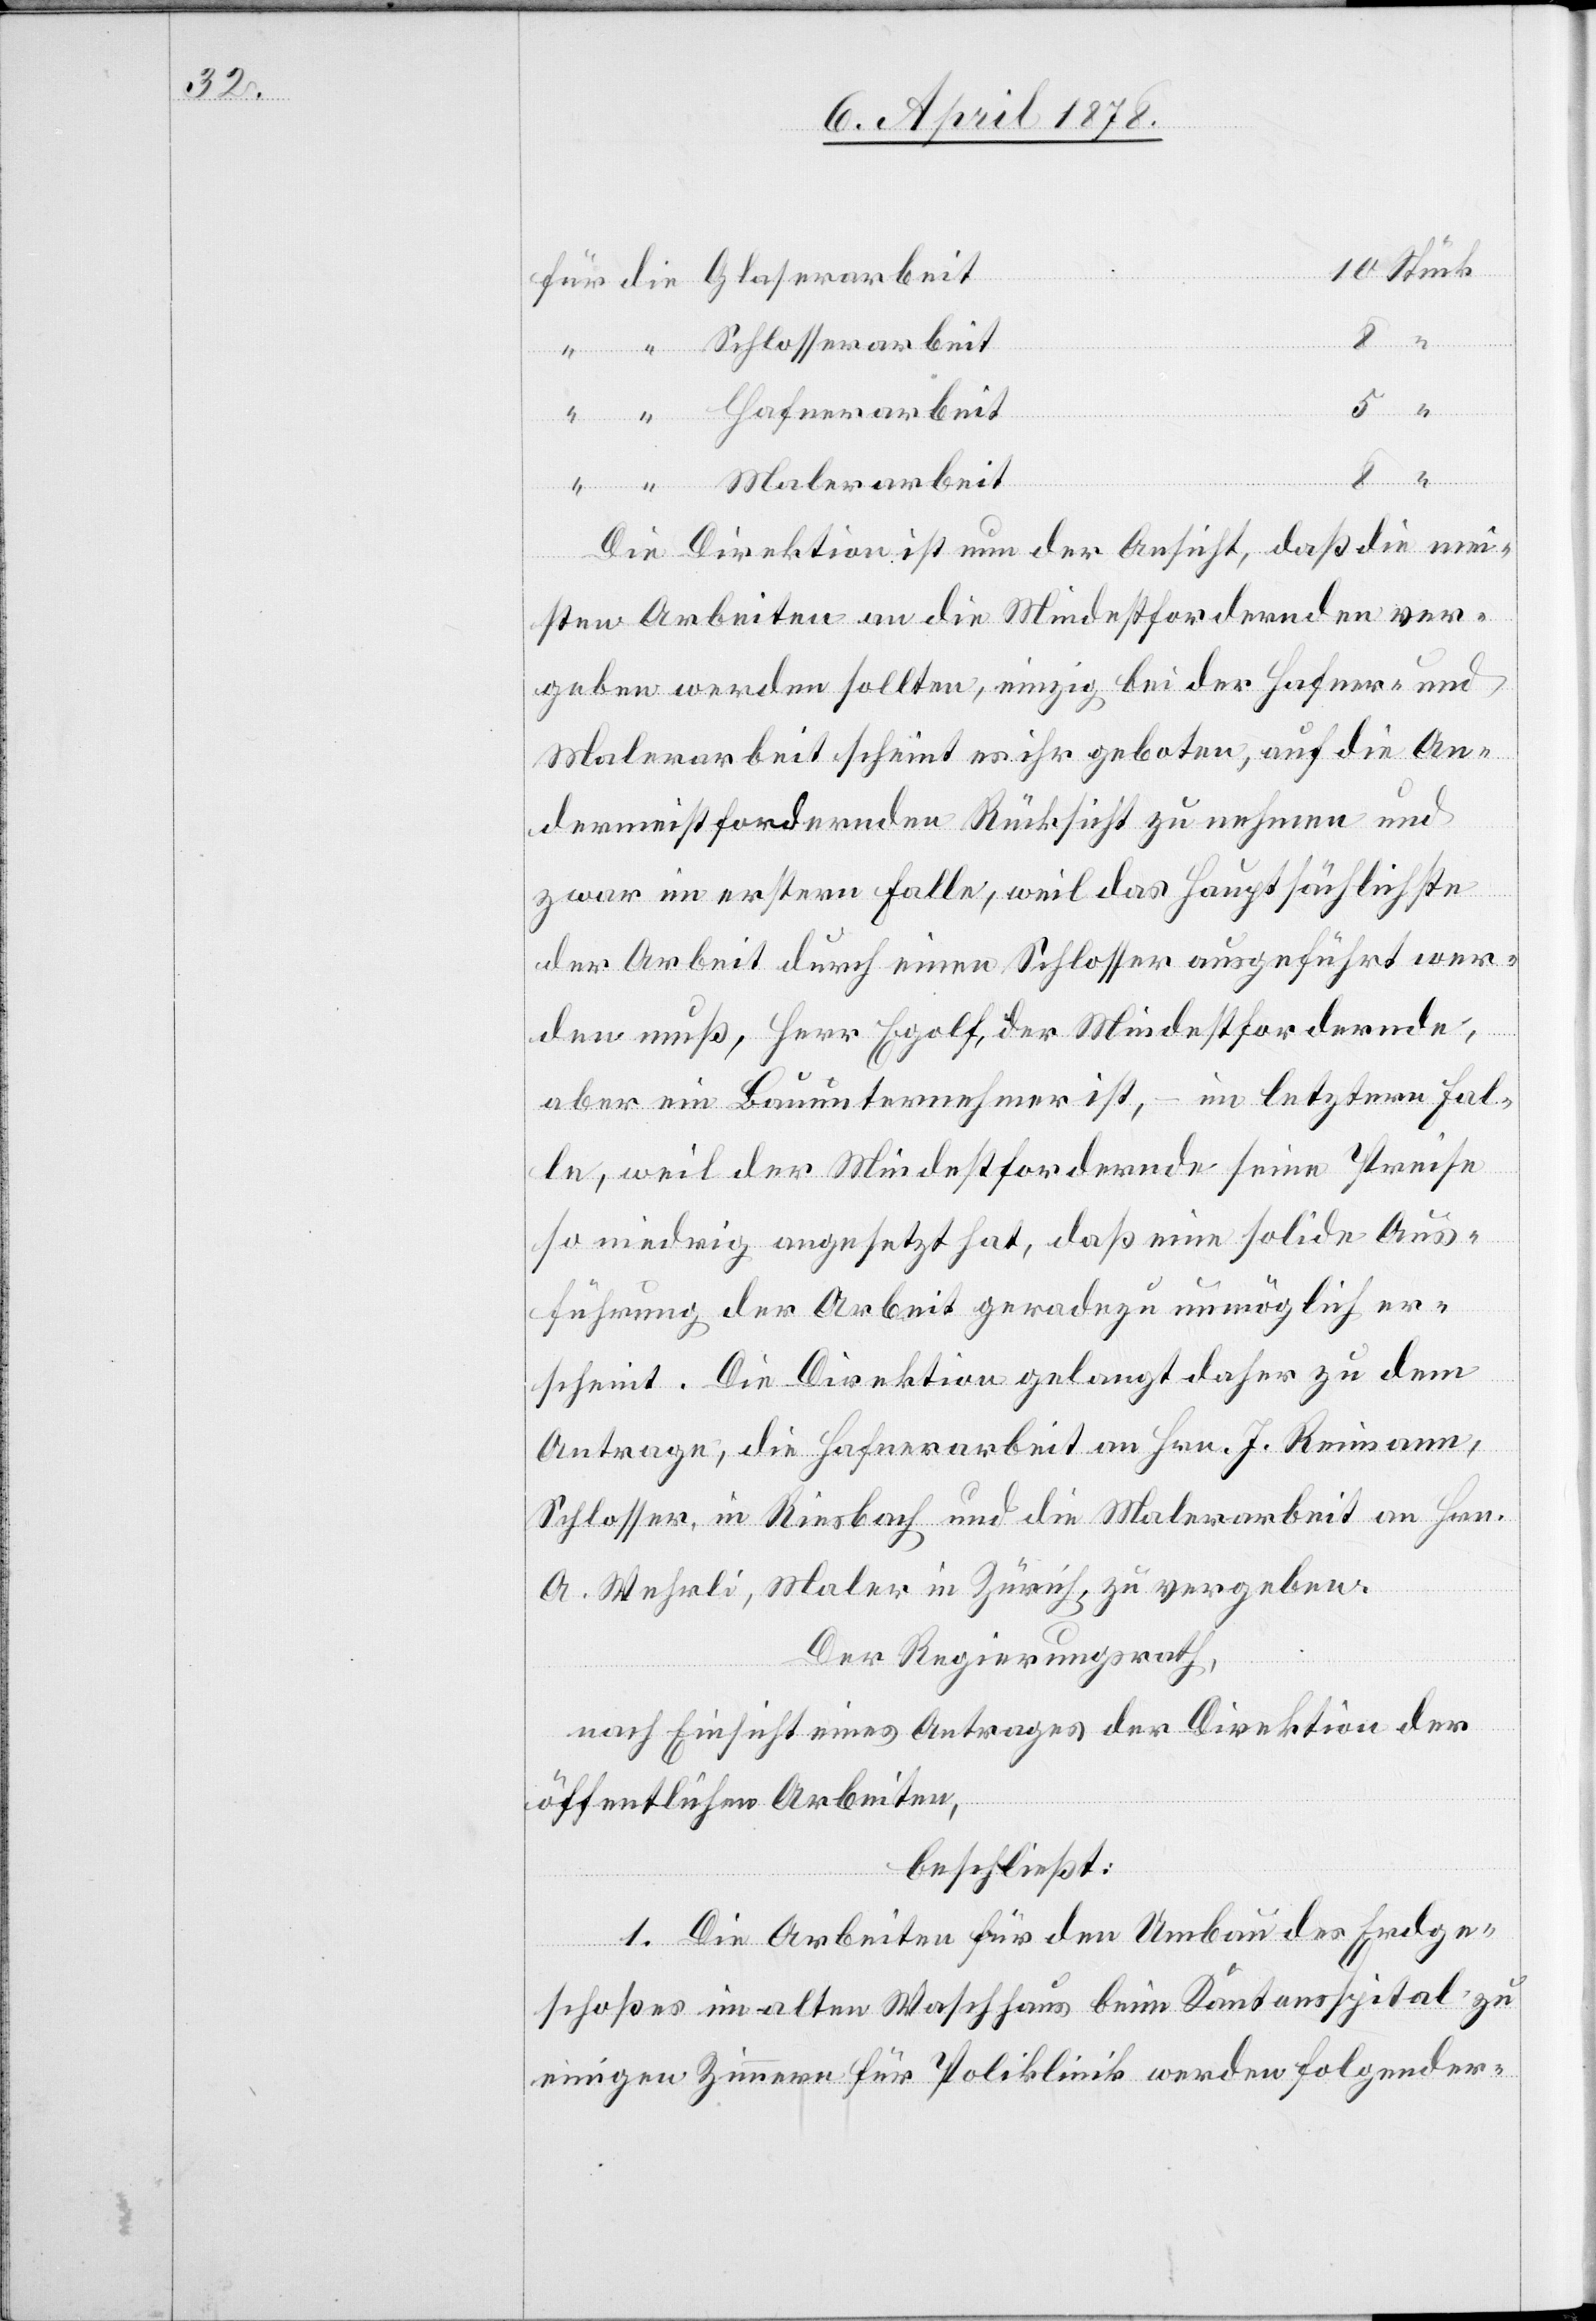
5

arbeit
Die Direktion ist nun der Ansicht, daß die mei¬
sten Arbeiten an die Mindestfordernden ver¬
geben werden sollten, einzig bei der Hafner- und
Malarbeit scheint es ihr geboten, auf die An¬
dermeistfordernden Rücksicht zu nehmen und
zwar im erstern Falle, weil das Hauptsächlichste
der Arbeit durch einen Schlosser ausgeführt wer¬
den muß, Herr Egolf, der Mindestfordernde,
aber ein Bauunternehmer ist, – im letztern Fal¬
le, weil der Mindestfordernde seine Preise
so niedrig angesetzt hat, daß eine solide Aus¬
führung der Arbeit geradezu unmöglich er¬
scheint. Die Direktion gelangt daher zu dem
Antrage, die Hafnerarbeit an Hrn. J. Reimann,
Schlosser, in Riesbach und die Malerarbeit an Hrn.
A. Wehrli, Maler in Zürich, zu vergeben.
Der Regierungsrath,
nach Einsicht eines Antrages der Direktion der
öffentlichen Arbeiten,
beschließt:
1. Die Arbeiten für den Umbau des Erdge¬
schoßes im alten Waschhaus beim Kantonsspital zu
einigen Zimmern für die Poliklinik werden folgender-

die